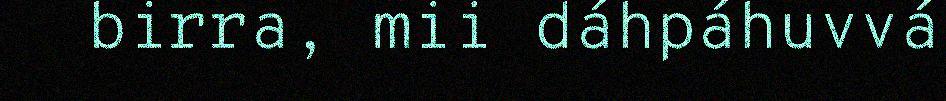
birra, mii dáhpáhuvvá